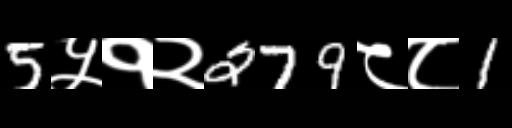
Text: 5५१२279८८1